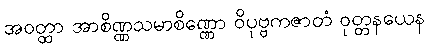
အဝတ္ထာ အာစိဏ္ဏသမာစိဏ္ဏော ဝိပုဗ္ဗကဇာတံ ဝုတ္တနယေန